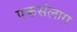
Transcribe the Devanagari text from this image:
एकसंलाग